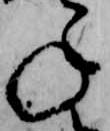
ね